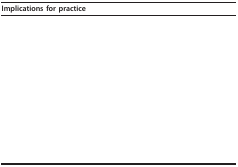
<table><thead><tr><td><b>Implications for practice</b></td></tr></thead><tbody><tr><td>[EMPTY_CELL]</td></tr></tbody></table>